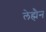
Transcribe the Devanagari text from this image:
लेह्मैन